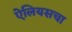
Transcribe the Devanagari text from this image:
ऐलियसचा